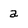
Character: a